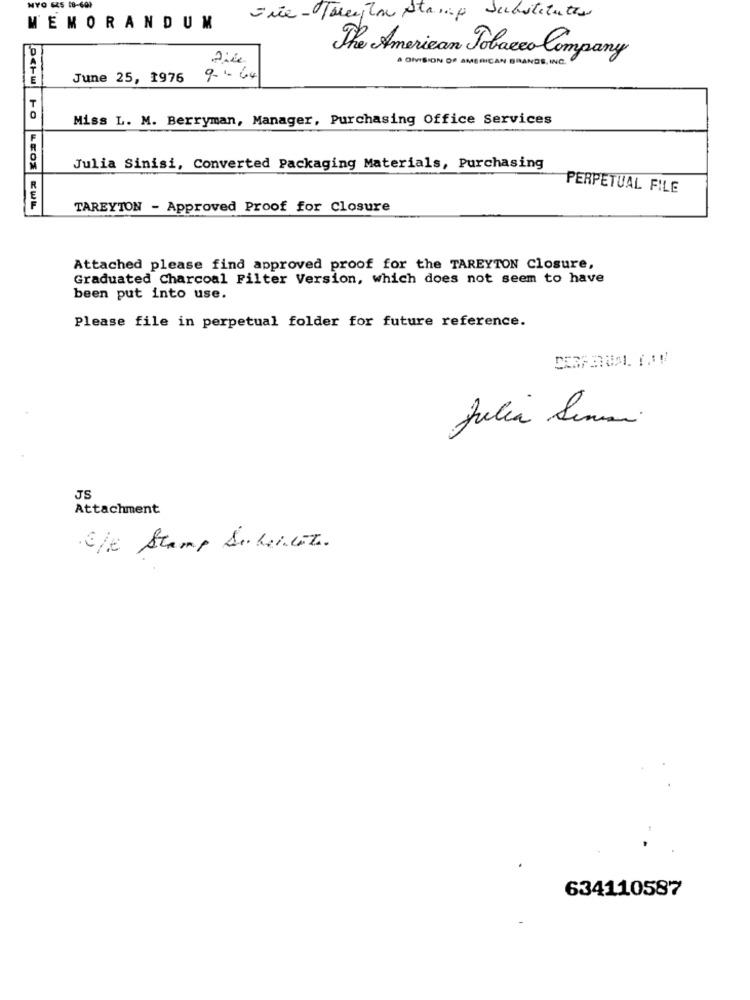
que-Peyton stamp
Substitution
MEMORANDUM
2:4
The American Tobacco Company
A DIVISION OF AMERICAN BRANDS, INC.
June 25, 1976 9- 1- 64
T
Miss L. M. Berryman, Manager, Purchasing Office Services
Julia Sinisi, Converted Packaging Materials, Purchasing
PERPETUAL FILE
LEOZ KWL
TAREYTON - Approved Proof for Closure
Attached please find approved proof for the TAREYTON Closure,
Graduated Charcoal Filter Version, which does not seem to have
been put into use.
Please file in perpetual folder for future reference.
Julia Sumar.
JS
Attachment
·Ele Stamp Subelleza.
634110587